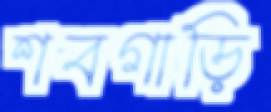
শবগাড়ি